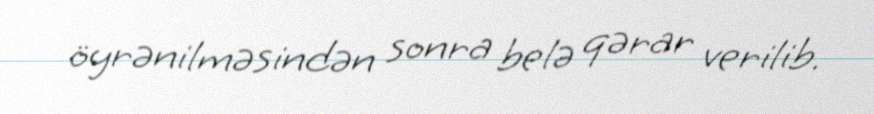
öyrənilməsindən sonra belə qərar verilib.